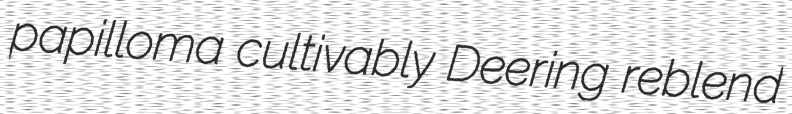
papilloma cultivably Deering reblend